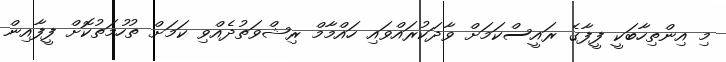
މި އިންތިހާބަކީ ފީފާގެ ރައީސްކަމަށް ވާދަކުރައްވައި ހައްމާމް ރިޝްވަތުދެއްވި ކަމަށް ތުހުމަތުކޮށް ފީފާއިން